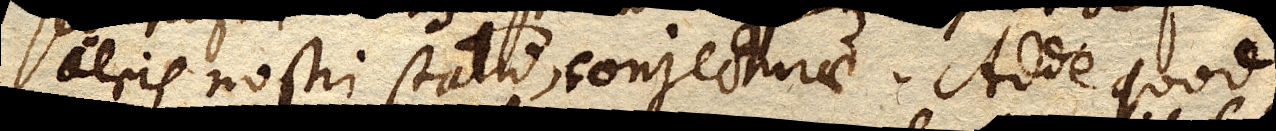
aeris nostri statu, conjecturae. Adde quod